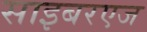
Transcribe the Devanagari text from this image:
साइबरएज